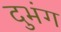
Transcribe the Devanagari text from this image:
दुभंग